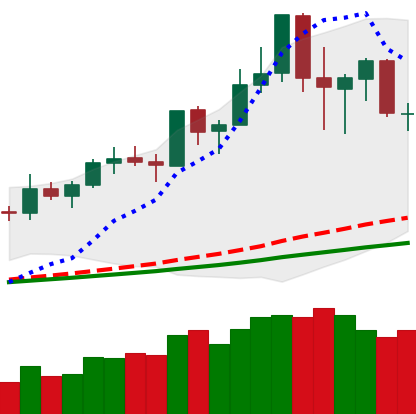
Ticker: NEO-USD
Chart end date: 2020-02-20
Forward return: -11.575%
Label: down_7plus